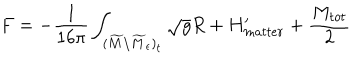
F = - { \frac { 1 } { 1 6 \pi } } \int _ { ( \widetilde M \backslash \widetilde M _ { \epsilon } ) _ { t } } \sqrt { g } R + H _ { m a t t e r } ^ { \prime } + { \frac { M _ { t o t } } { 2 } }